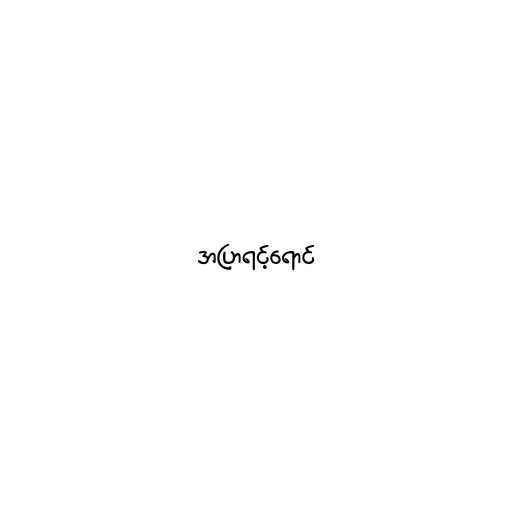
အပြာရင့်ရောင်